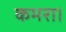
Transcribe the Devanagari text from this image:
कमरा।